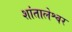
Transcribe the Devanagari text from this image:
शांतालेश्वर